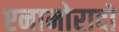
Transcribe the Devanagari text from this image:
एनामोरादो